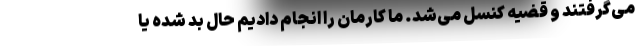
می‌گرفتند و قضیه کنسل می‌شد. ما کارمان را انجام دادیم حال بد شده یا